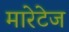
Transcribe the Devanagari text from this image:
मारेटेज